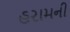
હરામની